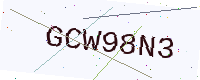
Text: GCW98N3